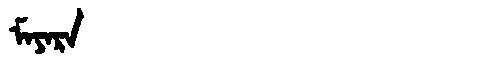
Manchu: ᠮᠠᠶᠠᡵᠠ
Romanization: MAYARA